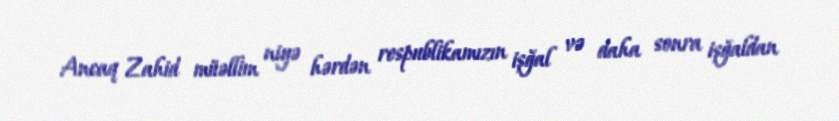
Ancaq Zahid müəllim niyə hərdən respublikamızın işğal və daha sonra işğaldan